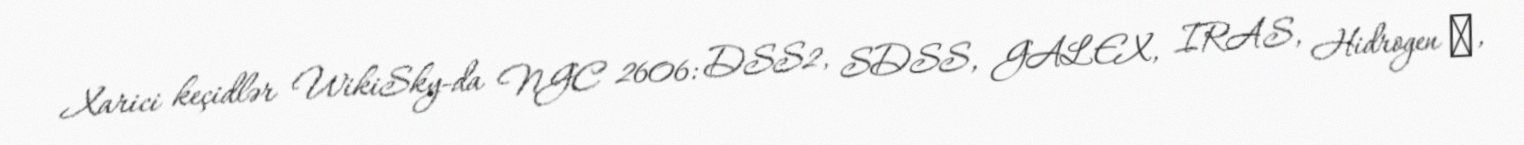
Xarici keçidlər WikiSky-da NGC 2606: DSS2, SDSS, GALEX, IRAS, Hidrogen α,